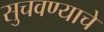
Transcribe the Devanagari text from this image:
सुचवण्याचे